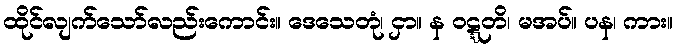
ထိုင်လျက်သော်လည်းကောင်း။ ဒေသေတုံ၊ ငှာ။ န ဝဋ္ဋတိ၊ မအပ်။ ပန၊ ကား။